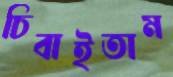
চিবাইতাম